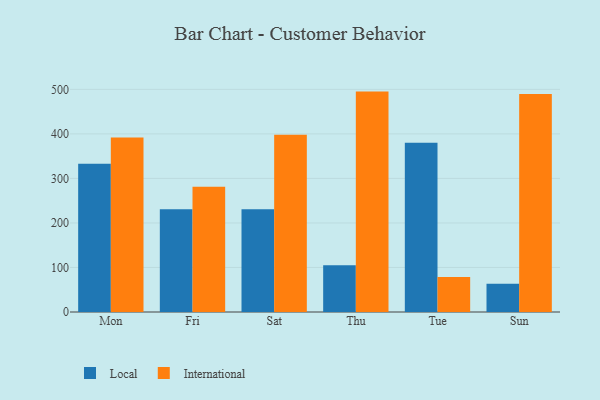
{"axis": {"x": "Day", "y": "LTV (USD)"}, "legend": ["International", "Local"], "data": [{"x": "Mon", "y": 333.1, "type": "Local"}, {"x": "Mon", "y": 392.0, "type": "International"}, {"x": "Fri", "y": 231.0, "type": "Local"}, {"x": "Fri", "y": 281.3, "type": "International"}, {"x": "Sat", "y": 230.5, "type": "Local"}, {"x": "Sat", "y": 398.0, "type": "International"}, {"x": "Thu", "y": 105.0, "type": "Local"}, {"x": "Thu", "y": 495.0, "type": "International"}, {"x": "Tue", "y": 380.3, "type": "Local"}, {"x": "Tue", "y": 78.5, "type": "International"}, {"x": "Sun", "y": 63.7, "type": "Local"}, {"x": "Sun", "y": 489.5, "type": "International"}]}